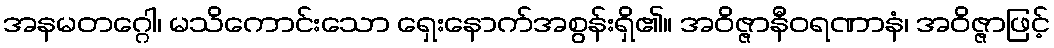
အနမတဂ္ဂေါ၊ မသိကောင်းသော ရှေးနောက်အစွန်းရှိ၏။ အဝိဇ္ဇာနီဝရဏာနံ၊ အဝိဇ္ဇာဖြင့်